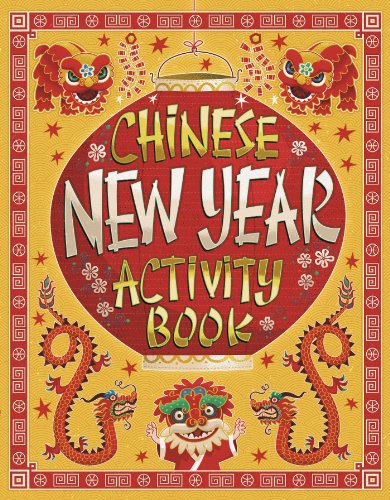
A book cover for Chinese New Year Activity Book; Karl Jones; Children's Books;